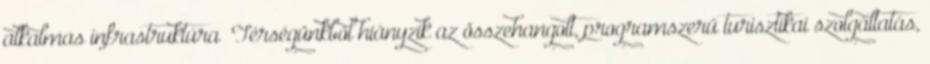
alkalmas infrastruktúra ▪Térségünkből hiányzik az összehangolt, programszerű turisztikai szolgáltatás,